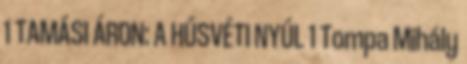
1 TAMÁSI ÁRON: A HÚSVÉTI NYÚL 1 Tompa Mihály